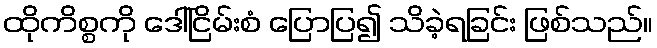
ထိုကိစ္စကို ဒေါ်ငြိမ်းစံ ပြောပြ၍ သိခဲ့ရခြင်း ဖြစ်သည်။